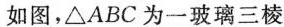
如图，\triangle ABC为一玻璃三棱